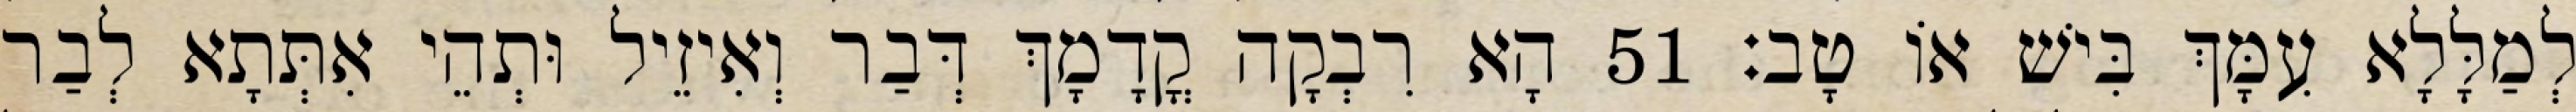
לְמַלָּלָא עִמָּךְ בִּישׁ אוֹ טָב׃ 51 הָא רִבְקָה קֳדָמָךְ דְּבַר וְאִיזֵיל וּתְהֵי אִתְּתָא לְבַר